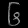
Digit: ၆